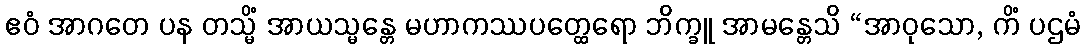
ဧဝံ အာဂတေ ပန တသ္မိံ အာယသ္မန္တေ မဟာကဿပတ္ထေရော ဘိက္ခူ အာမန္တေသိ “အာဝုသော, ကိံ ပဌမံ